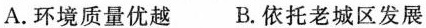
A.环境质量优越 B.依托老城区发展